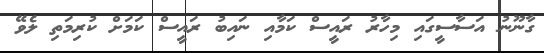
ގާނޫނު އަސާސީގައި މިހާރު ރައީސް ކަމާއި ނައިބު ރައީސް ކަމަށް ކުރިމަތި ލެވޭ